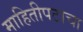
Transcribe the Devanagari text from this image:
माहितीपटाचा